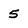
Character: 5